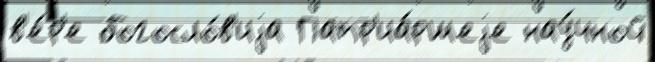
в'е́р'е богосло́в'иjа Патр'иа́ршеjе нау́чной